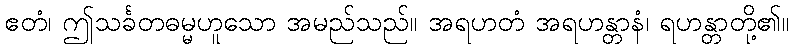
ဧတံ၊ ဤသင်္ခတဓမ္မဟူသော အမည်သည်။ အရဟတံ အရဟန္တာနံ၊ ရဟန္တာတို့၏။